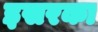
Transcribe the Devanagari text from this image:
इसरका